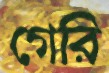
গেরি